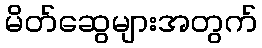
မိတ်ဆွေများအတွက်